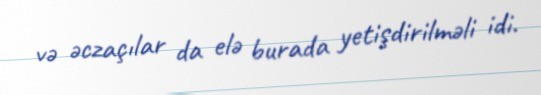
və əczaçılar da elə burada yetişdirilməli idi.